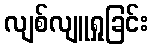
လျစ်လျူရှုခြင်း